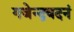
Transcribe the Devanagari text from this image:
गजेन्द्रवदनं